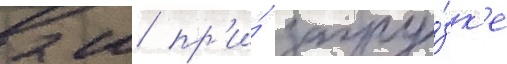
2 м пр'и́ загру́зк'е